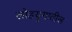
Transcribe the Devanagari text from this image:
लोहयुगातील